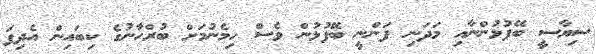
ސިޔާސީ ބޭފުޅުންނާއި މަދަނި ފަންނީ ބޭފުޅުން ވެސް ހިމެނުމަށް ބުރްހާނުގެ ކިބައިން އެދިފަ